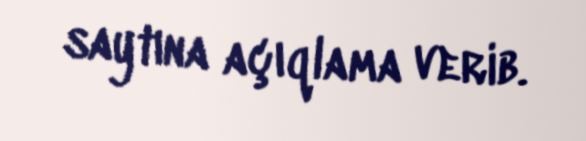
saytına açıqlama verib.